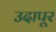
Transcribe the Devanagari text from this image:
उदापूर